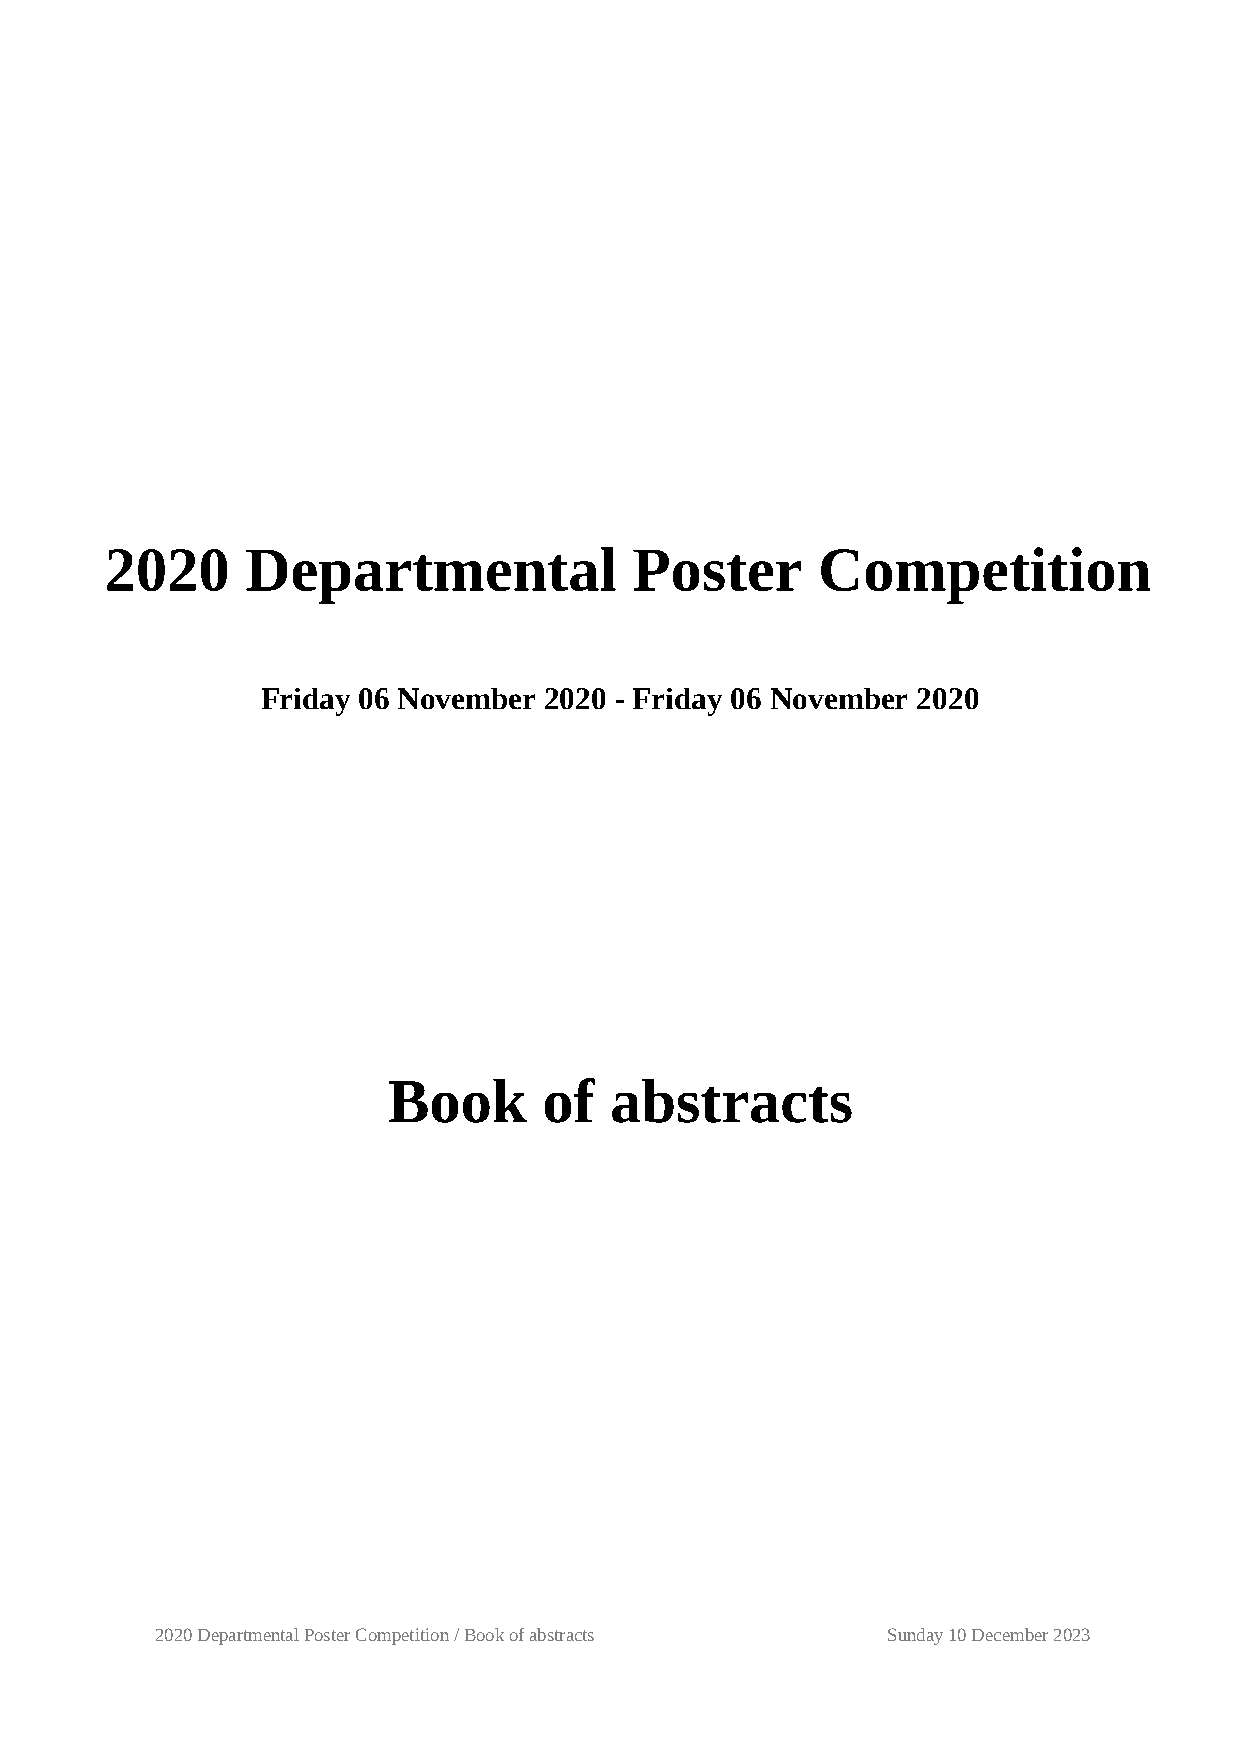
2020     Departmental              Poster      Competition
 Friday 06 November 2020 - Friday 06 November 2020
 Book      of  abstracts
 2020 Departmental Poster Competition / Book of abstracts Sunday 10 December 2023